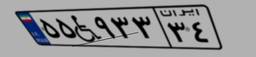
۷۶W۴۴۱۶۲